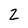
Character: 2